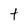
Character: t